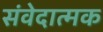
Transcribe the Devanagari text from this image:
संवेदात्मक